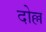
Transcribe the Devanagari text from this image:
दोल्ल